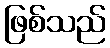
ဖြစ်သည်